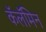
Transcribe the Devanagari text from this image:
कॅलॅमिन